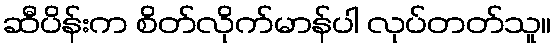
ဆီပိန်းက စိတ်လိုက်မာန်ပါ လုပ်တတ်သူ။